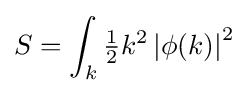
S=\int _{k}{\tfrac {1}{2}}k^{2}\left|\phi (k)\right|^{2}